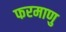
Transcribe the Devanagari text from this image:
फरमाणु